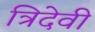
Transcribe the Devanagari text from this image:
त्रिदेवी